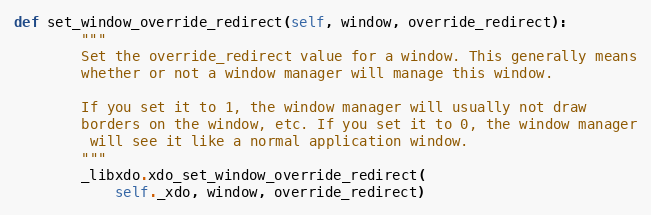
Language: Python
def set_window_override_redirect(self, window, override_redirect):
        """
        Set the override_redirect value for a window. This generally means
        whether or not a window manager will manage this window.

        If you set it to 1, the window manager will usually not draw
        borders on the window, etc. If you set it to 0, the window manager
         will see it like a normal application window.
        """
        _libxdo.xdo_set_window_override_redirect(
            self._xdo, window, override_redirect)